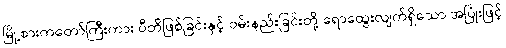
မြို့စားကတော်ကြီးကား ပီတိဖြစ်ခြင်းနှင့် ဝမ်းနည်းခြင်းတို့ ရောထွေးလျက်ရှိသော အပြုံးဖြင့်